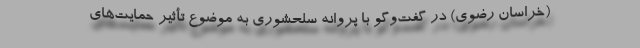
(خراسان رضوی) در گفت‌وگو با پروانه سلحشوری به موضوع تأثیر حمایت‌های